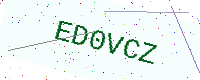
Text: ED0VCZ